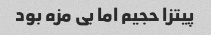
پیتزا حجیم اما بی مزه بود